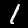
Label: 1